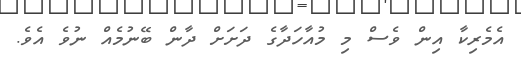
އެމެރިކާ އިން ވެސް މި މުއާހަދާގެ ދަށަށް ދާން ބޭނުމެއް ނުވެ އެވެ.